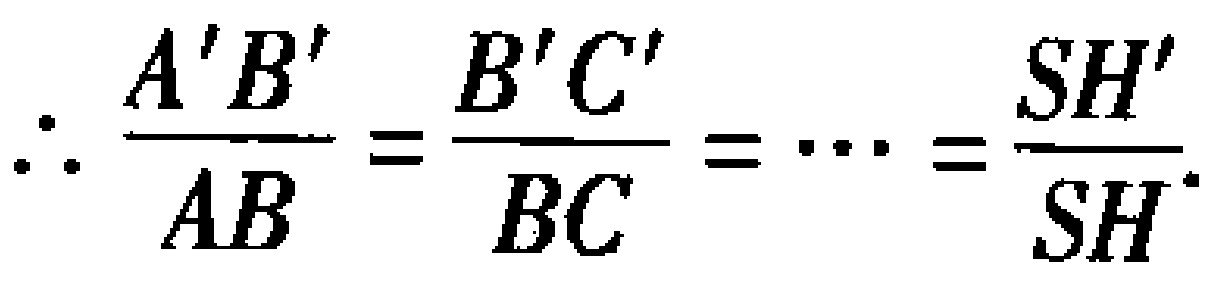
\[\therefore \frac{A'B'}{AB}=\frac{B'C'}{BC}=\cdots=\frac{SH'}{SH}.\]